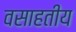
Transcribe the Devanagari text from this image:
वसाहतीय